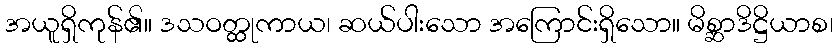
အယူရှိကုန်၏။ ဒသဝတ္ထုကာယ၊ ဆယ်ပါးသော အကြောင်းရှိသော။ မိစ္ဆာဒိဋ္ဌိယာစ၊